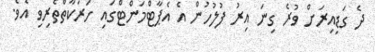
ދެ ގަޑިއިރަށް ވުރެ ގިނަ އިރު ފުލުހުން އެ އެޕާޓްމަންޓްގައި ހަރަކާތްތެރިވި އެވެ.